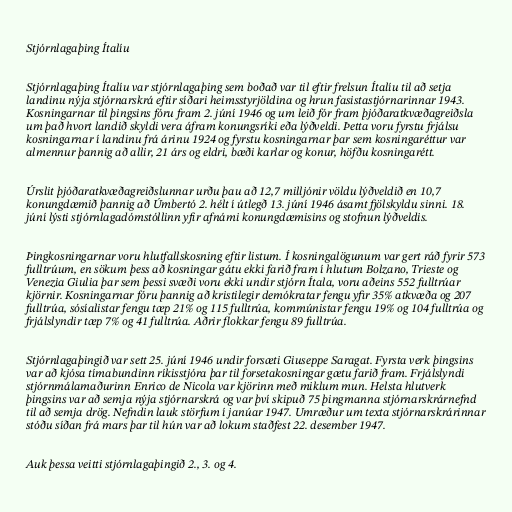
Stjórnlagaþing Ítalíu

Stjórnlagaþing Ítalíu var stjórnlagaþing sem boðað var til eftir frelsun Ítalíu til að setja
landinu nýja stjórnarskrá eftir síðari heimsstyrjöldina og hrun fasistastjórnarinnar 1943.
Kosningarnar til þingsins fóru fram 2. júní 1946 og um leið fór fram þjóðaratkvæðagreiðsla
um það hvort landið skyldi vera áfram konungsríki eða lýðveldi. Þetta voru fyrstu frjálsu
kosningarnar í landinu frá árinu 1924 og fyrstu kosningarnar þar sem kosningaréttur var
almennur þannig að allir, 21 árs og eldri, bæði karlar og konur, höfðu kosningarétt.

Úrslit þjóðaratkvæðagreiðslunnar urðu þau að 12,7 milljónir völdu lýðveldið en 10,7
konungdæmið þannig að Úmbertó 2. hélt í útlegð 13. júní 1946 ásamt fjölskyldu sinni. 18.
júní lýsti stjórnlagadómstóllinn yfir afnámi konungdæmisins og stofnun lýðveldis.

Þingkosningarnar voru hlutfallskosning eftir listum. Í kosningalögunum var gert ráð fyrir 573
fulltrúum, en sökum þess að kosningar gátu ekki farið fram í hlutum Bolzano, Trieste og
Venezia Giulia þar sem þessi svæði voru ekki undir stjórn Ítala, voru aðeins 552 fulltrúar
kjörnir. Kosningarnar fóru þannig að kristilegir demókratar fengu yfir 35% atkvæða og 207
fulltrúa, sósíalistar fengu tæp 21% og 115 fulltrúa, kommúnistar fengu 19% og 104 fulltrúa og
frjálslyndir tæp 7% og 41 fulltrúa. Aðrir flokkar fengu 89 fulltrúa.

Stjórnlagaþingið var sett 25. júní 1946 undir forsæti Giuseppe Saragat. Fyrsta verk þingsins
var að kjósa tímabundinn ríkisstjóra þar til forsetakosningar gætu farið fram. Frjálslyndi
stjórnmálamaðurinn Enrico de Nicola var kjörinn með miklum mun. Helsta hlutverk
þingsins var að semja nýja stjórnarskrá og var því skipuð 75 þingmanna stjórnarskrárnefnd
til að semja drög. Nefndin lauk störfum í janúar 1947. Umræður um texta stjórnarskrárinnar
stóðu síðan frá mars þar til hún var að lokum staðfest 22. desember 1947.

Auk þessa veitti stjórnlagaþingið 2., 3. og 4.